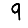
Digit: 9